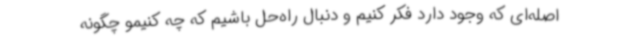
اصله‌ای که وجود دارد فکر کنیم و دنبال راه‌حل باشیم که چه کنیمو چگونه